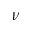
\nu